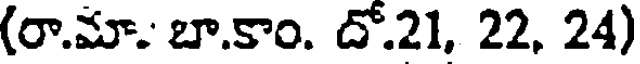
(రా.మా.' బా.కాం. దో.21, 22, 24)